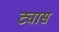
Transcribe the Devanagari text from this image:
ट्यास